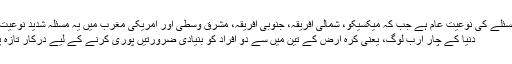
ارجن نے کہا ہے مسئلے کی نوعیت عام ہے جب کہ میکسیکو، شمالی افریقہ، جنوبی افریقہ، مشرق وسطیٰ اور امریکی مغرب میں یہ مسئلہ شدید نوعیت اختیار کر چکا ہے
دنیا کے چار ارب لوگ، یعنی کرہ ارض کے تین میں سے دو افراد کو بنیادی ضرورتیں پوری کرنے کے لیے درکار تازہ پانی میسر نہیں ہے۔